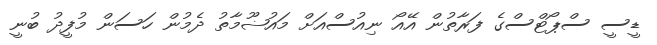
ޑީސީ ސްޕޯޓްސްގެ ފަރާތުން އޭއޯ ނިއުސްއަށް މައުޟޫމާތު ދެމުން ހަސަން މުފީދު ބުނީ